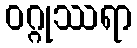
ဝဂ္ဂုဿရာ